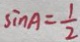
\sin A = \frac { 1 } { 2 }